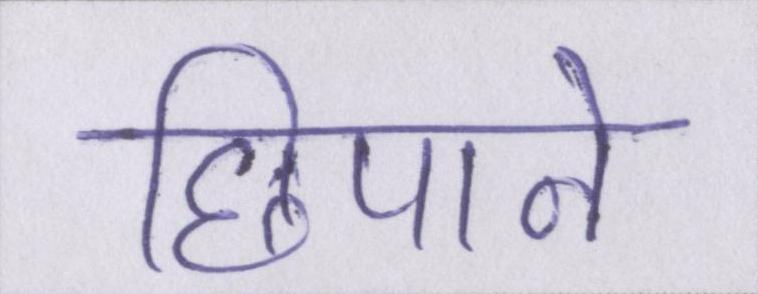
छिपाने